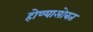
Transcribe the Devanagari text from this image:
होण्यासोबत